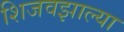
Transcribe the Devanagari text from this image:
शिजवझाल्या